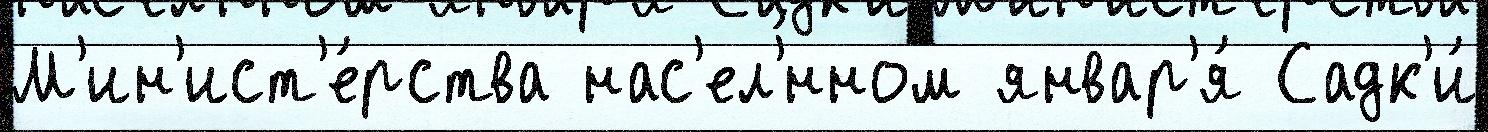
М'ин'ист'е́рства нас'ел'́нном январ'я́ Садк'и́